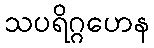
သပရိဂ္ဂဟေန